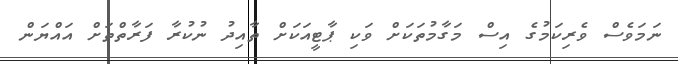
ނަމަވެސް ވެރިކަމުގެ އިސް މަގާމުތަކަށް ވަކި ޕާޓީއަކަށް ތާއިދު ނުކުރާ ފަރާތްތަށް އައްޔަން